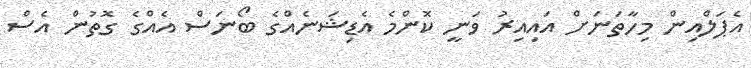
އެޕަލްއިން މިހާތަނަށް އައިއިރު ވަނީ ކޮންމެ އެޑިޝަނެއްގެ ބޯނަސް އެއްގެ ގޮތުން އެސް